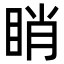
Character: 睄